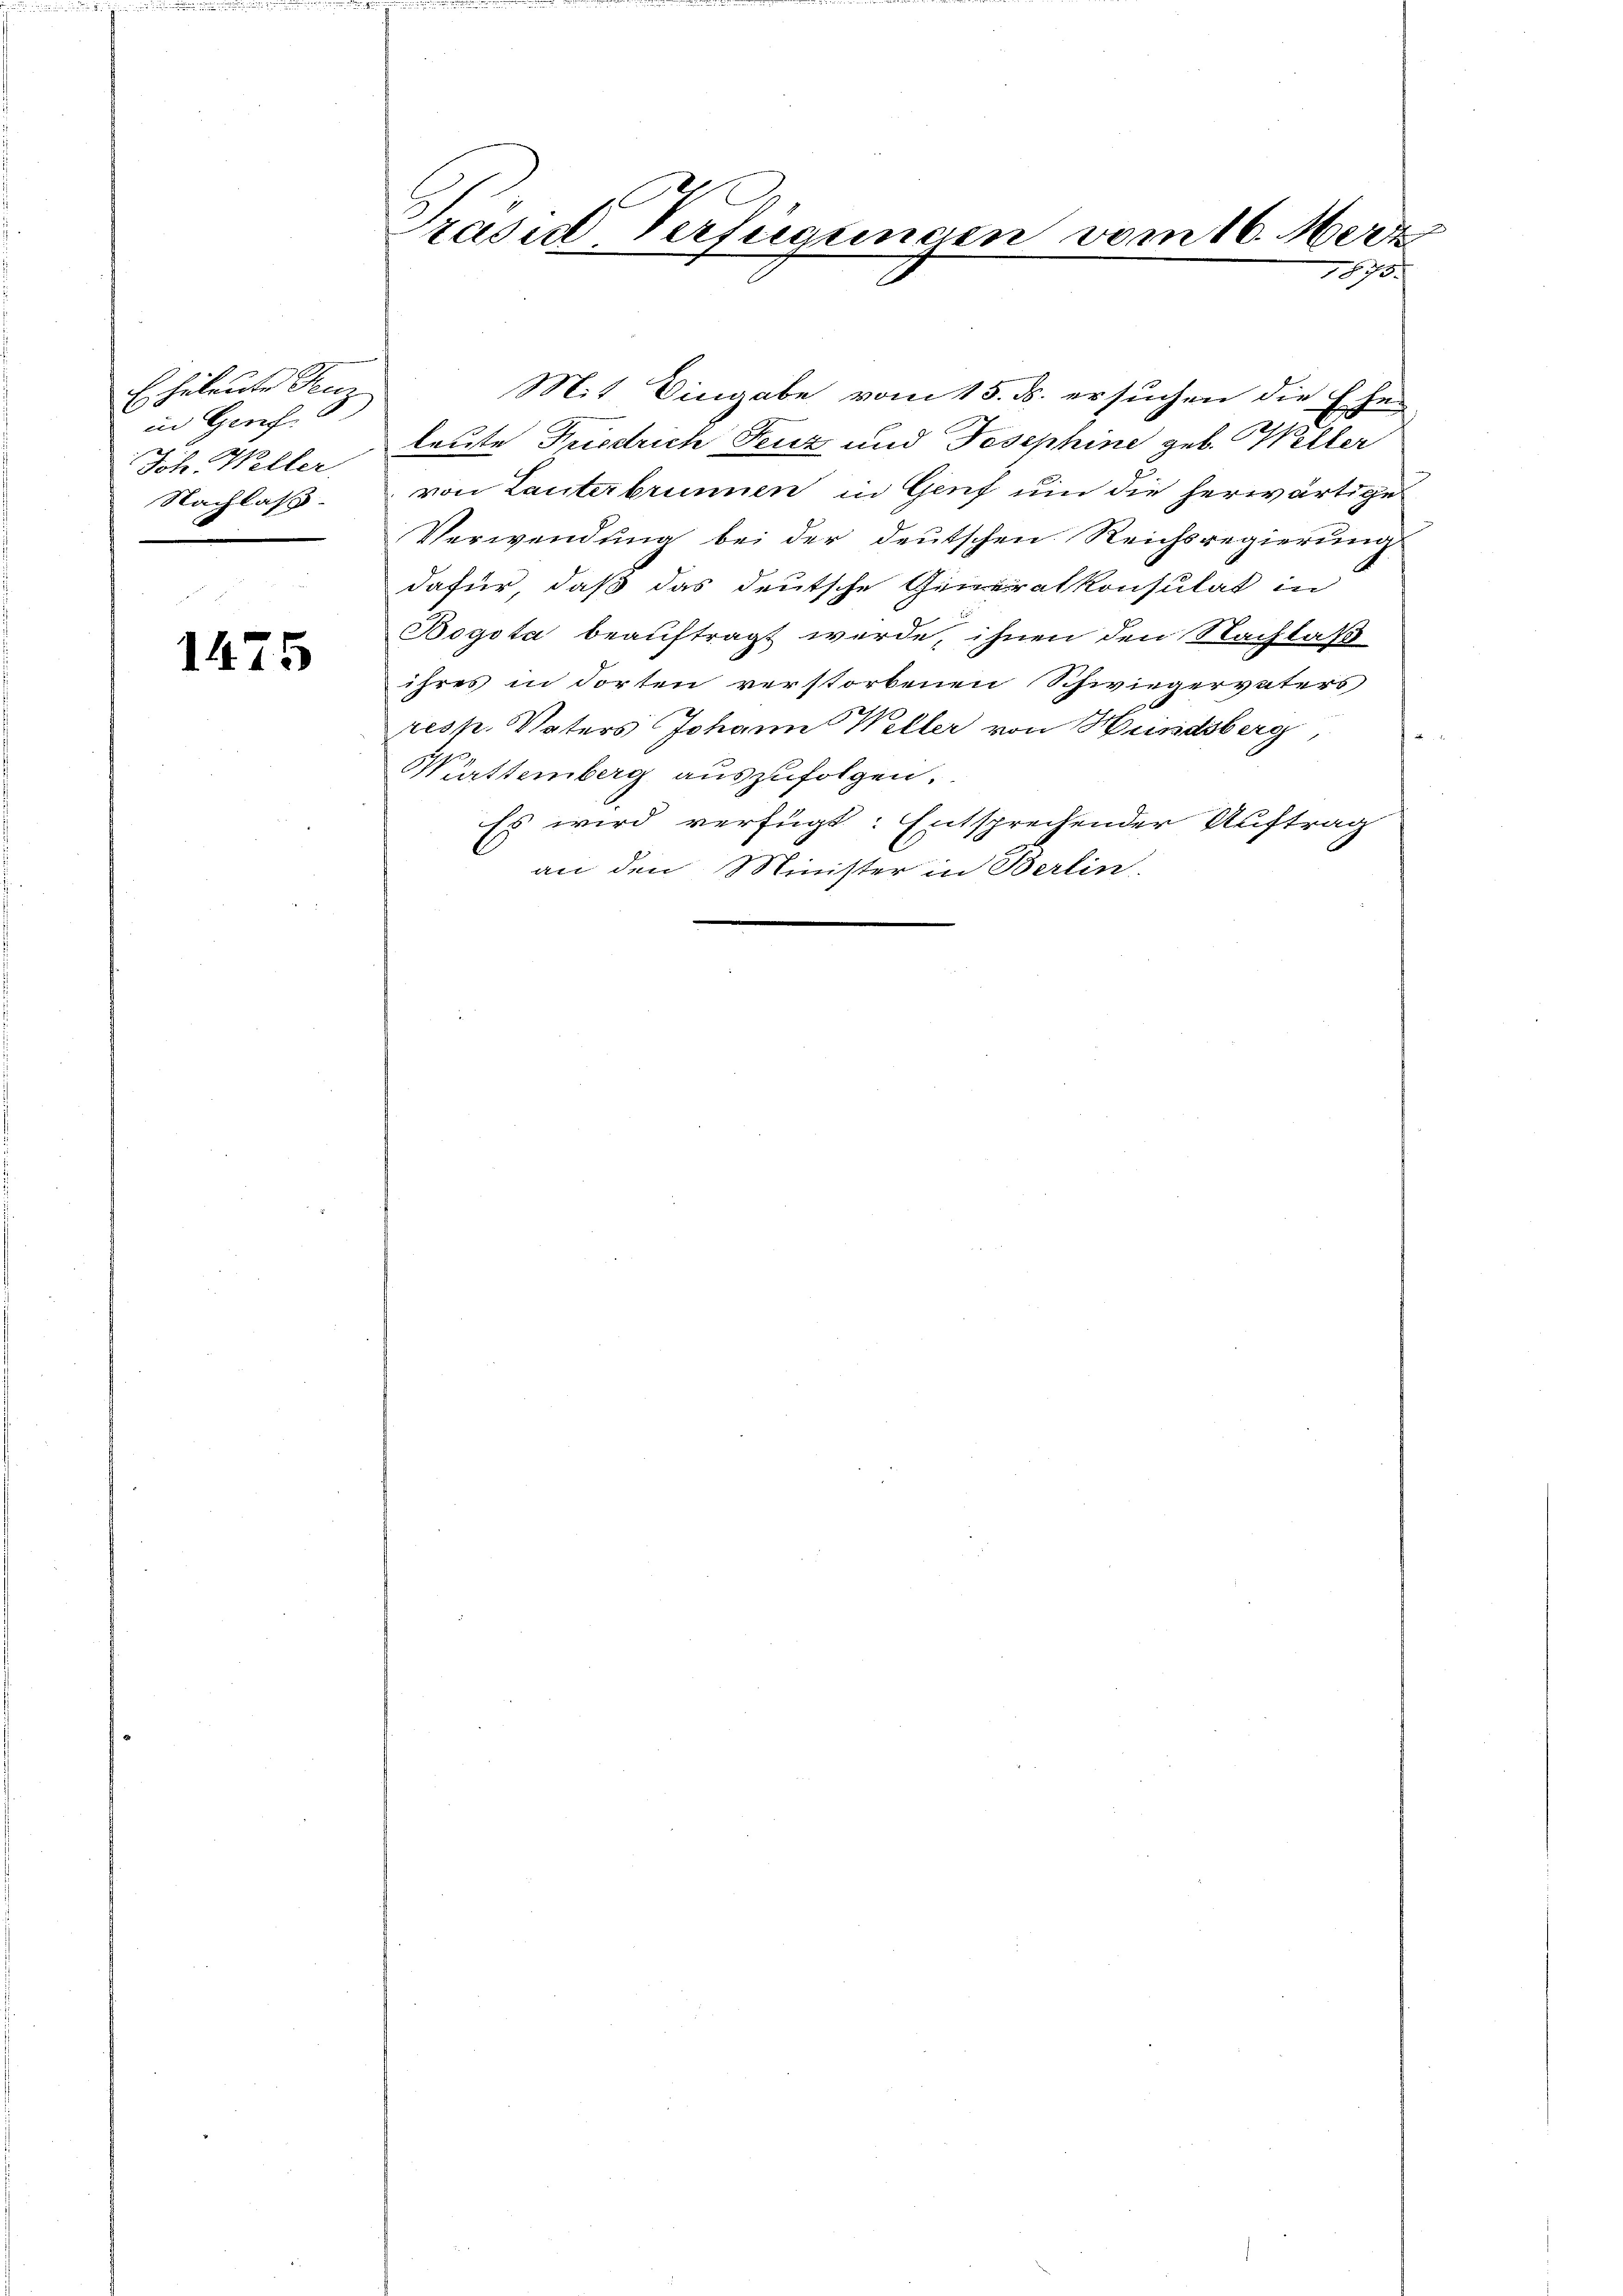
E hileute Kenz
in Geref.
Jch. Weller
Nachlass.

1475

Präsid Verfügungen vom 16. Merz
1875.

Mit Eingabe vom 15. ds. ersuchen die Ehe-
leute Friedrich Feuz und Josephine geb. Willer
von Lanterbrunnen in Genf um die herwärtige
Verwendung bei der deutschen Reichsregierung
dafür, daß das deutsche Generalkonsulat in
Bogota beauftragt werde, ihnen den Nachlaß
ihres in dorten verstorbenen Schwiegervaters
resk. Vaters Johann Weller von Hundsberg,
Württemberg auszufolgen.
Es wird verfügt: Entsprechender Auftrag
an den Minister in Berlin